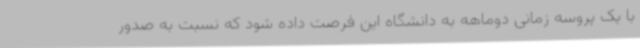
با یک پروسه زمانی دوماهه به دانشگاه این فرصت داده شود که نسبت به صدور